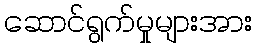
ဆောင်ရွက်မှုများအား